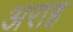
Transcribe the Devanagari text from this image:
अराह